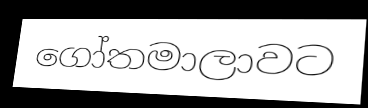
ගෝතමාලාවට